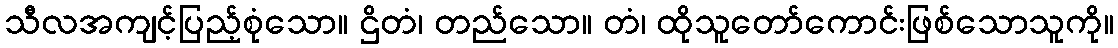
သီလအကျင့်ပြည့်စုံသော။ ဌိတံ၊ တည်သော။ တံ၊ ထိုသူတော်ကောင်းဖြစ်သောသူကို။